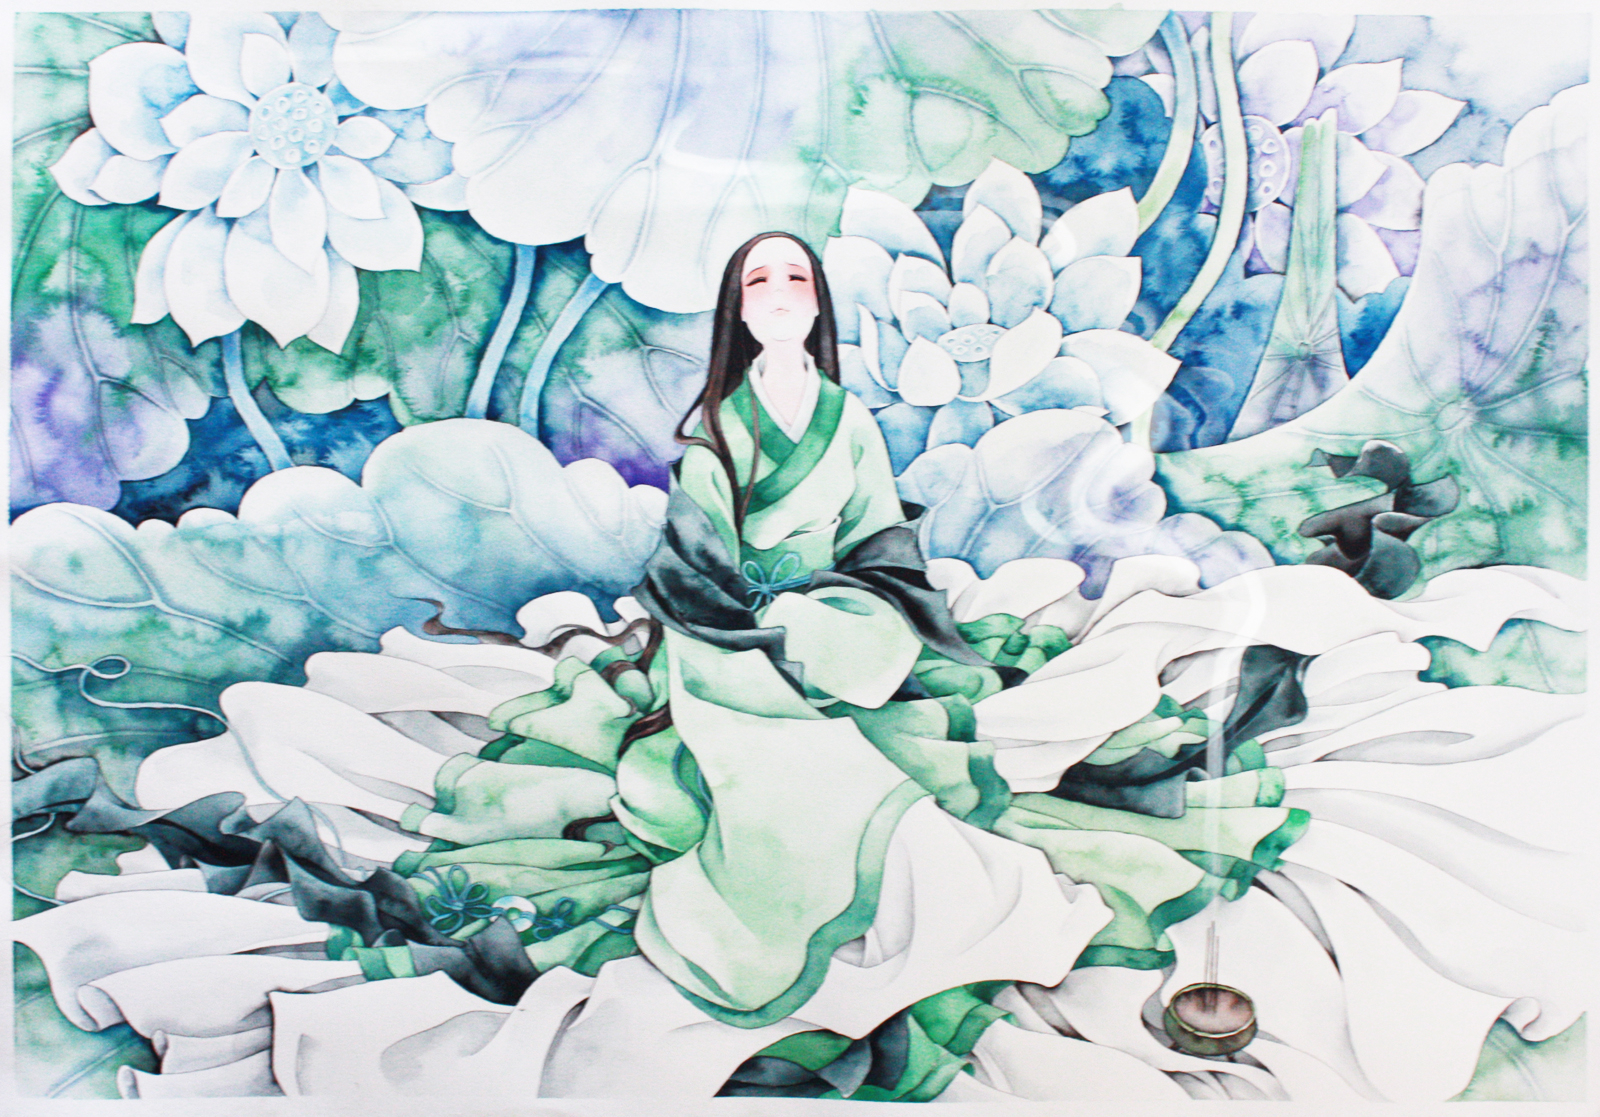
离宫绝旷，身体摧藏，志念没沉，不得颉颃。